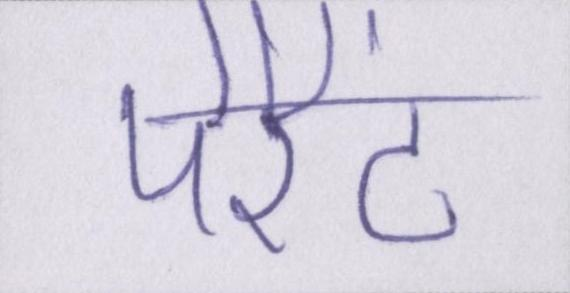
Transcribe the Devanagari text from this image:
पेरैंट